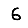
Digit: 6